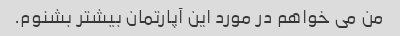
من می خواهم در مورد این آپارتمان بیشتر بشنوم.